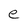
Character: e